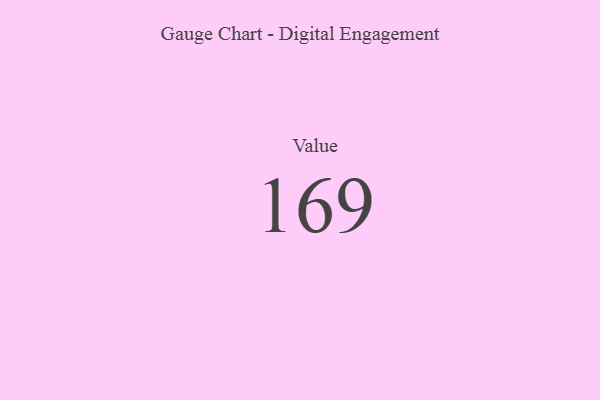
{"axis": {"x": "Metric", "y": "Value"}, "legend": [""], "data": [{"x": "Value", "y": 169, "type": ""}]}